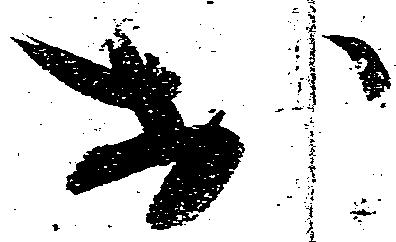
於